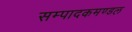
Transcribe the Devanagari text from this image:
सम्पादकमण्डल